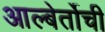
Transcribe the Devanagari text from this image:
आल्बेर्तोची